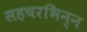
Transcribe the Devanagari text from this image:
सहचरभिन्न